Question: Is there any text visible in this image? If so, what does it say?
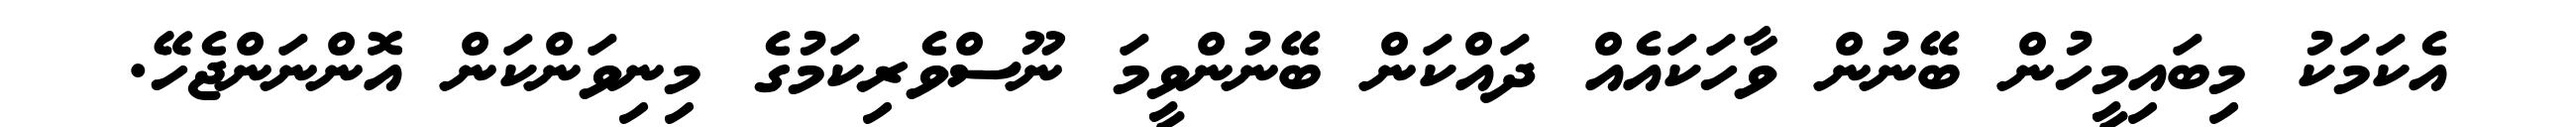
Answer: އެކަމަކު މިބައިމީހުން ބޭނުން ވާހަކައެއް ދައްކަން ބޭނުންވީމަ ނޫސްވެރިކަމުގެ މިނިވަންކަން އޮންނަންޖެހޭ.